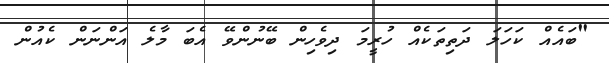
"ބައެއް ކަހަލަ ދަތިތަކެއް ހުރީމަ ދިވެހިން ބޭނުންވޭ އެބަ މާލެ އަންނަން ކެއުން